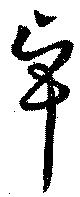
卓